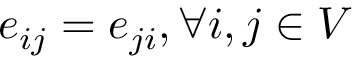
e _ { i j } = e _ { j i } , \forall i , j \in V